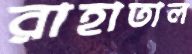
রাহাতাল